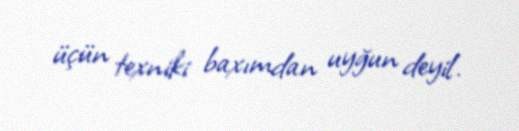
üçün texniki baxımdan uyğun deyil.